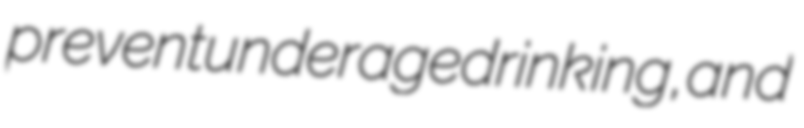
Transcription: prevent underage drinking, and